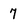
Character: 7